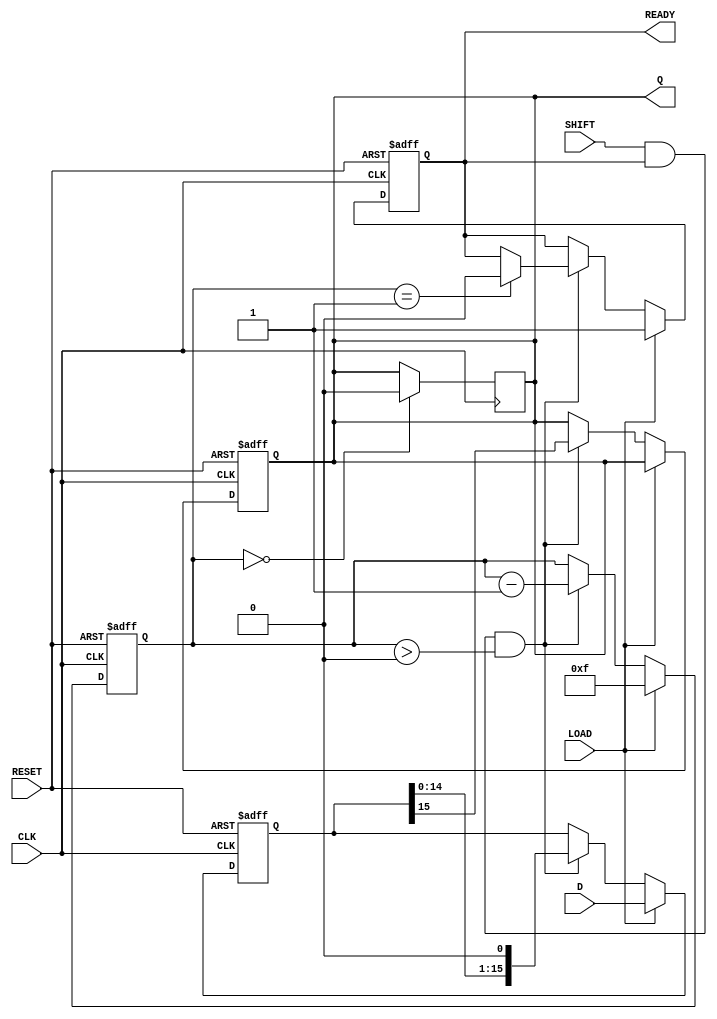
module PISO_16bit (
    input wire [15:0] D,        // 16-bit parallel input
    input wire LOAD,            // Load signal
    input wire SHIFT,           // Shift signal
    input wire CLK,             // Clock signal
    input wire RESET,           // Asynchronous reset
    output reg Q,               // Serial output
    output reg READY            // Data ready signal
);

    reg [15:0] REG;             // Internal 16-bit register
    reg [4:0] bit_count;        // Bit counter for shifting

    // Asynchronous reset
    always @(posedge CLK or posedge RESET) begin
        if (RESET) begin
            REG <= 16'b0;       // Clear register
            Q <= 1'b0;          // Clear output
            bit_count <= 5'b0;  // Reset bit counter
            READY <= 1'b0;      // Not ready
        end else begin
            if (LOAD) begin
                REG <= D;       // Load data into register
                bit_count <= 5'd15; // Set counter to 15 (16 bits)
                READY <= 1'b1;  // Indicate ready to shift
            end else if (SHIFT && READY && bit_count > 0) begin
                Q <= REG[15];    // Output the MSB
                REG <= REG << 1; // Shift left
                bit_count <= bit_count - 1; // Decrement bit counter
                
                // Check if shifting is complete
                if (bit_count == 1) begin
                    READY <= 1'b0; // Not ready after last bit is shifted
                end
            end
        end
    end

    // Assign the last bit to Q when shifting is done
    always @(posedge CLK) begin
        if (bit_count == 0) begin
            Q <= 1'b0; // Optionally hold Q low after shifting is complete
        end
    end

endmodule